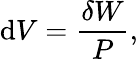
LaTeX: \mathrm{d}V={\frac{\delta W}{P}},